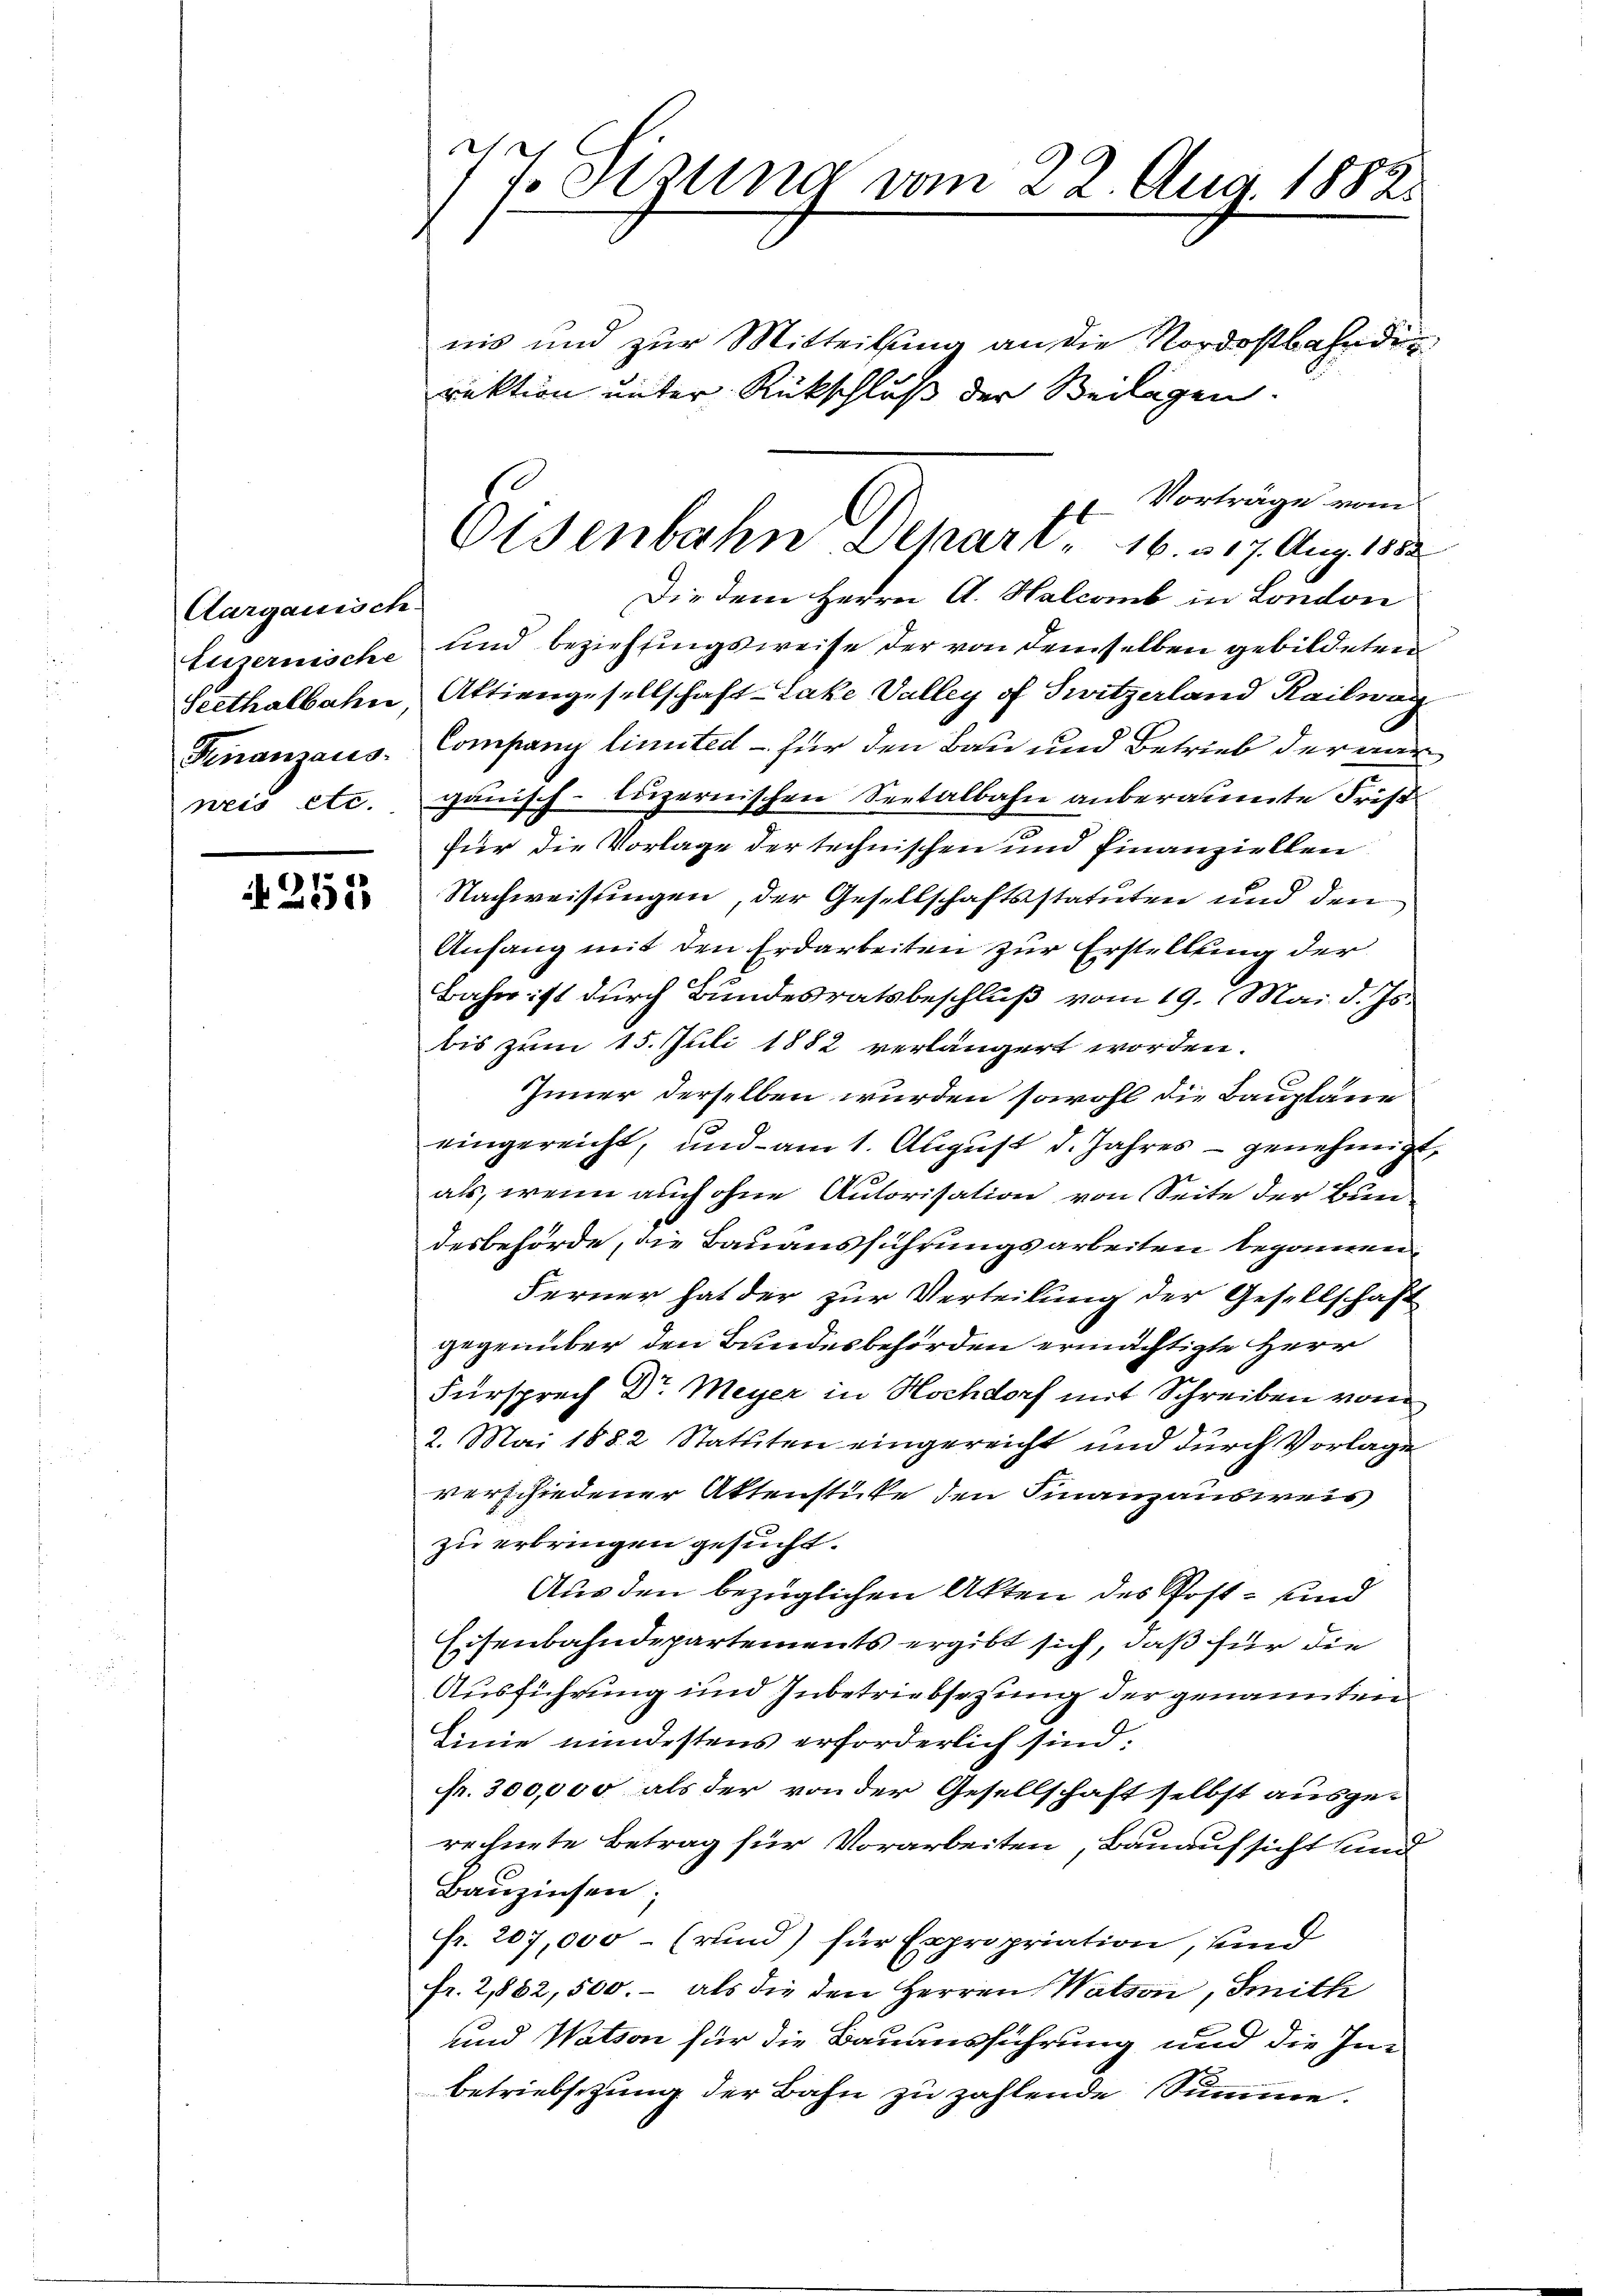
Aargauisch
Luzernische
Seethalbahn
Finanzaus
neis etc.

4253

n
f Sitzung vom 22. Aug. 1882.

nis und zur Mitteilung an die Nordostbahndie
rektion unter Rückschluß der Beilagen.
 Vorträge vom
Die dem Herrn A. Halcamb in London
und beziehtingsweise der von demselben gebildeten
Aktiengesellschaft-Lake Valley of Switzerland Kailwag
Company linuted – für den Bau und Betrieb der aar
gauisch-luzernischen Seetalbahn anberaumte Frist
für die Vorlage der technischen und Finanziellen
Nachweisungen, der Gesellschaftsstatuten und den
Anfang mit den Erdarbeiten zur Erstellung der
Bahn ist durch Bundesratsbeschluß vom 19. Mai d. Js.
bis zum 15. Juli 1882 verlängert worden.
Inner derselben wurden sowohl die Bauplane
eingereicht, und am 1. August d. Jahres - genehmigt
als, wenn auch ohne Autorisation von Seite der Bun-
desbehörde, die Bauausführungsarbeiten begonnen.
Ferner hat der zur Verteilung der Gesellschaft
gegenüber den Bundesbehörden ermächtigte Herr
Fürsprech Dr Meyer in Hochdorf mit Schreiben vom
2. Mai 1882 Statuten eingereicht und durch Vorlage
verschiedener Aktenstücke den Finanzausweis
zu erbringen gesucht.
Aus den bezüglichen Akten des Post- und
Eisenbahndepartements ergibt sich, daß für die
Ausführung und Inbetriebsezung der genannten
Sinie mindestens erforderlich sind:
fr. 300,000 als der von der Gesellschaft selbst ausge-
rechnete Betrag für Vorarbeiten, Bauaufsicht und
Bauzinsen;
fr. 207,000 – (rund) für Expropriation, und
fr. 2,882, 500.- als die den Herren Wation, Smith
und Wation für die Bauausführung und die Inbetriebsetzung der Bahn zu zahlende Summe.

Osenbahn Depart - 16. 317. Aug. 1852.